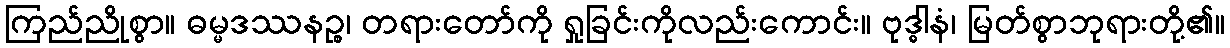
ကြည်ညိုစွာ။ ဓမ္မဒဿနဉ္စ၊ တရားတော်ကို ရှုခြင်းကိုလည်းကောင်း။ ဗုဒ္ဓါနံ၊ မြတ်စွာဘုရားတို့၏။